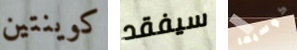
كوينتين سيفقد كوسيما